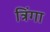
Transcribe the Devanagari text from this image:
त्रिंगा